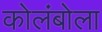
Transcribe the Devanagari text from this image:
कोलंबोला